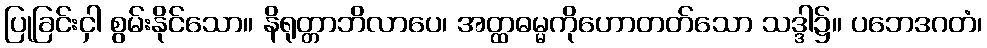
ပြုခြင်းငှါ စွမ်းနိုင်သော။ နိရုတ္တာဘိလာပေ၊ အတ္ထဓမ္မကိုဟောတတ်သော သဒ္ဒါ၌။ ပဘေဒဂတံ၊